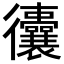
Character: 𢖧